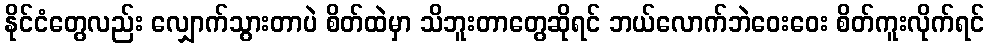
နိုင်ငံတွေလည်း လျှောက်သွားတာပဲ စိတ်ထဲမှာ သိဘူးတာတွေဆိုရင် ဘယ်လောက်ဘဲဝေးဝေး စိတ်ကူးလိုက်ရင်